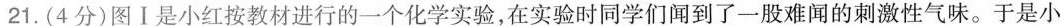
21.(4分)图Ⅰ是小红按教材进行的一个化学实验，在实验时同学们闻到了一股难闻的刺激性气味。于是小